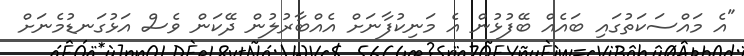
"އެ މައްސަކަތުގައި ބައެއް ބޭފުޅުން އެ މަނިކުފާނަށް އެއްބާރުލުން ދޭކަން ވެސް އަޅުގަނޑުމެނަށް